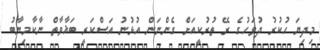
މިދިޔަ ހުކުރު ދުވަހުގެ ރޭ ތުރުކީއަށް ގެންނަން އުޅުނު އަސްކަރީ ބަޣާވާތް ނާކާމިޔާބު